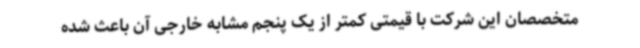
متخصصان این شرکت با قیمتی کمتر از یک پنجم مشابه خارجی آن باعث شده